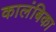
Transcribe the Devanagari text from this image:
कालंबिका